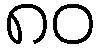
၈၀